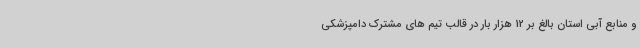
و منابع آبی استان بالغ بر 12 هزار بار در قالب تیم های مشترک دامپزشکی